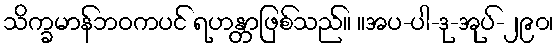
သိက္ခမာန်ဘဝကပင် ရဟန္တာဖြစ်သည်။ ။အပ-ပါ-ဒု-အုပ်-၂၉၀၊